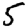
Digit: 5